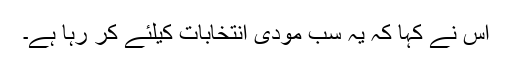
اس نے کہا کہ یہ سب مودی انتخابات کیلئے کر رہا ہے۔